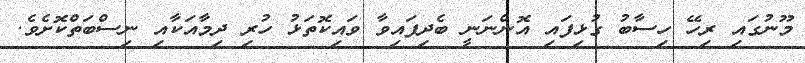
މޫނުގައި ރިހޭ ހިސާބު ގުޅިފައި އޮންނަނީ ބެދިފައިވާ ވައިކޮތަޅު ހުރި ދިމާއަކާއި ނިސްބަތްކޮށެވެ.